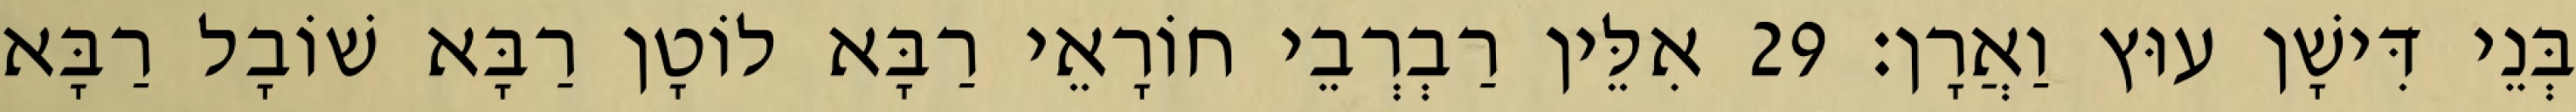
בְּנֵי דִּישָׁן עוּץ וַאֲרָן׃ 29 אִלֵּין רַבְרְבֵי חוֹרָאֵי רַבָּא לוֹטָן רַבָּא שׁוֹבָל רַבָּא